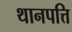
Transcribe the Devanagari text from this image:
थानपत्ति